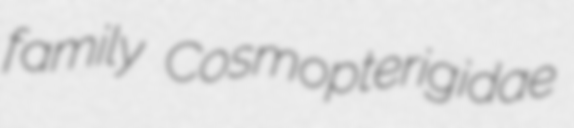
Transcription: family Cosmopterigidae